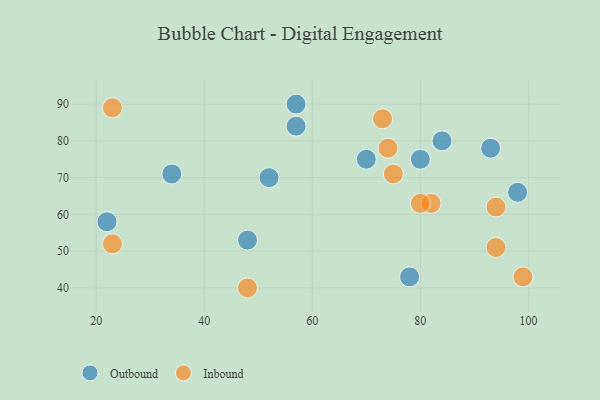
{"axis": {"x": "GDP", "y": "Life Expectancy"}, "legend": ["Inbound", "Outbound"], "data": [{"x": "57", "y": 90, "type": "Outbound"}, {"x": "57", "y": 84, "type": "Outbound"}, {"x": "22", "y": 58, "type": "Outbound"}, {"x": "84", "y": 80, "type": "Outbound"}, {"x": "48", "y": 53, "type": "Outbound"}, {"x": "34", "y": 71, "type": "Outbound"}, {"x": "70", "y": 75, "type": "Outbound"}, {"x": "78", "y": 43, "type": "Outbound"}, {"x": "80", "y": 75, "type": "Outbound"}, {"x": "93", "y": 78, "type": "Outbound"}, {"x": "98", "y": 66, "type": "Outbound"}, {"x": "52", "y": 70, "type": "Outbound"}, {"x": "94", "y": 51, "type": "Inbound"}, {"x": "74", "y": 78, "type": "Inbound"}, {"x": "82", "y": 63, "type": "Inbound"}, {"x": "80", "y": 63, "type": "Inbound"}, {"x": "48", "y": 40, "type": "Inbound"}, {"x": "23", "y": 52, "type": "Inbound"}, {"x": "99", "y": 43, "type": "Inbound"}, {"x": "23", "y": 89, "type": "Inbound"}, {"x": "73", "y": 86, "type": "Inbound"}, {"x": "75", "y": 71, "type": "Inbound"}, {"x": "94", "y": 62, "type": "Inbound"}]}